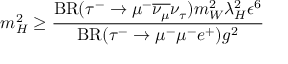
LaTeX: m _ { H } ^ { 2 } \geq \frac { \mathrm { B R } ( \tau ^ { - } \rightarrow \mu ^ { - } \overline { { { \nu _ { \mu } } } } \nu _ { \tau } ) m _ { W } ^ { 2 } \lambda _ { H } ^ { 2 } \epsilon ^ { 6 } } { \mathrm { B R } ( \tau ^ { - } \rightarrow \mu ^ { - } \mu ^ { - } e ^ { + } ) g ^ { 2 } }